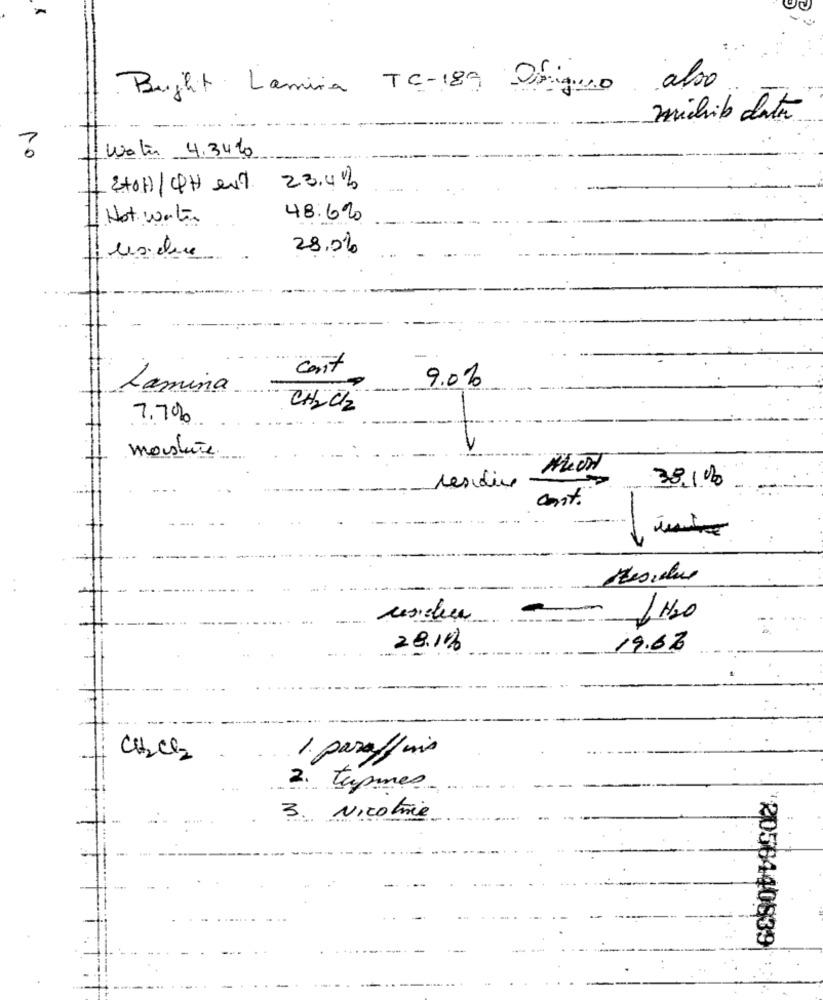
Bught Lamina TC-189 Disigno also
michib date
Water 4.34%
no
2+0H /4H evt 23.4%
1 Not water
48.620
28.0%
cont
9.0%
Lamina
CH2Cl2
7.7%
moisture
residing -
38,1 0
cont.
Residue
1 H2O
28.1%
19.68
CH2Cl2
1. paraffinis
2. tapmes
3
Nicotina
'2056440839